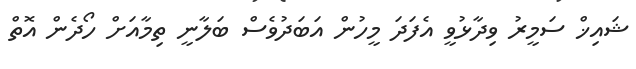
ޝައިޚް ސަމީރު ވިދާޅުވީ އެފަދަ މީހުން އަަބަދުވެސް ބަލާނީ ތިމާއަށް ހޯދެން އޮތް